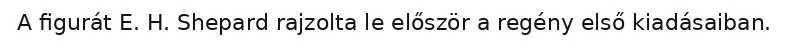
A figurát E. H. Shepard rajzolta le először a regény első kiadásaiban.